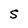
Character: S